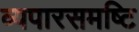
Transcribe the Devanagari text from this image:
व्यपारसमष्टि